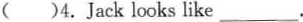
( )4. Jack looks like___